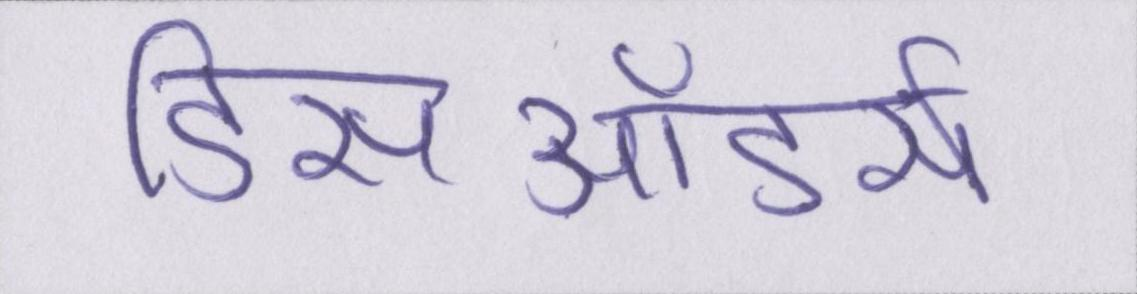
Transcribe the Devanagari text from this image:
डिसऑडर्स